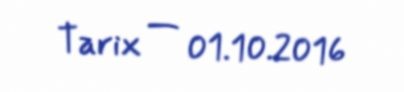
Tarix — 01.10.2016